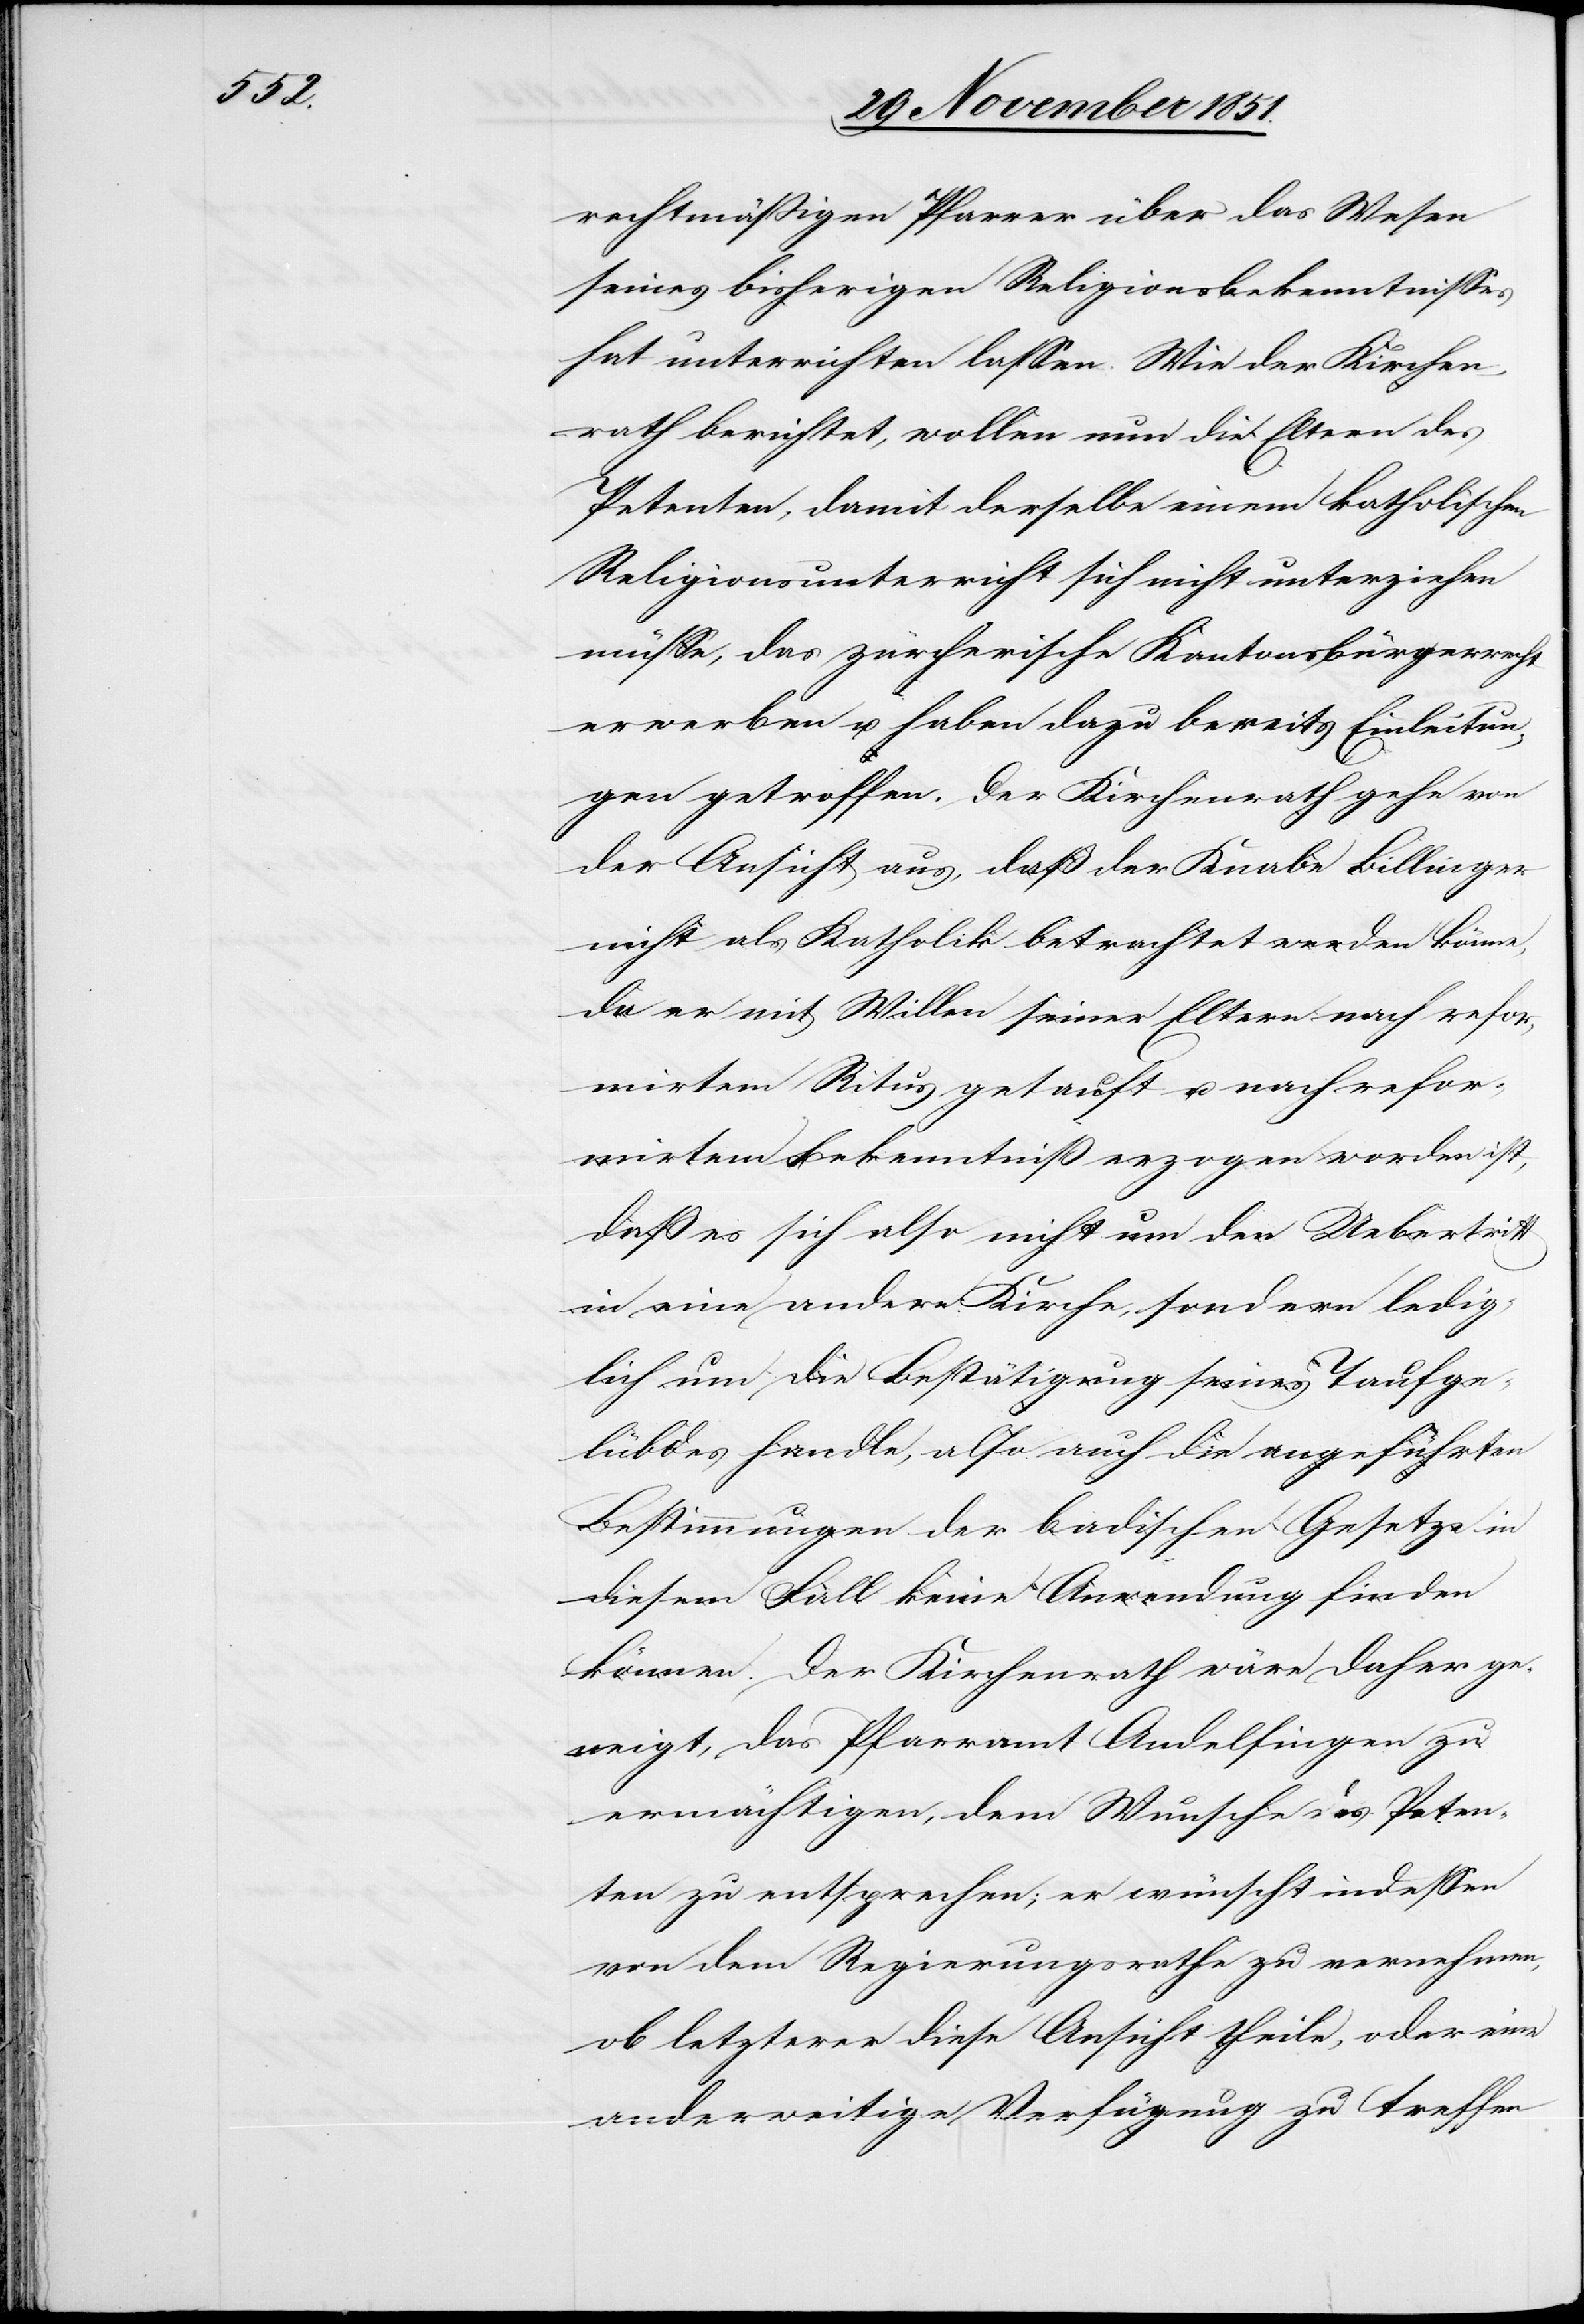
rechtmäßigen Pfarrer über das Wesen
seines bisherigen Religionsbekenntnisses
hat unterrichten lassen. Wie der Kirchen¬
rath berichtet, wollen nun die Eltern des
Petenten, damit derselbe einem katholischen
Religionsunterricht sich nicht unterziehen
müsse, das zürcherische Kantonsbürgerrecht
erwerben u. haben dazu bereits Einleitun¬
gen getroffen. Der Kirchenrath gehe von
der Ansicht aus, daß der Knabe Billinger
nicht als Katholik betrachtet werden könne,
da er mit Willen seiner Eltern nach refor¬
mirtem Ritus getauft u. nach refor¬
mirtem Bekenntniß erzogen worden ist,
daß es sich also nicht um den Uebertritt
in eine andere Kirche, sondern ledig¬
lich um die Bestätigung seines Taufge¬
lübdes handle, also auch die angeführten
Bestimmungen der badischen Gesetze in
diesem Fall keine Anwendung finden
können. Der Kirchenrath wäre daher ge¬
neigt, das Pfarramt Andelfingen zu
ermächtigen, dem Wunsche des Peten¬
ten zu entsprechen; er wünscht indessen
von dem Regierungsrathe zu vernehmen,
ob letzterer diese Ansicht theile, oder eine
anderweitige Verfügung zu treffen